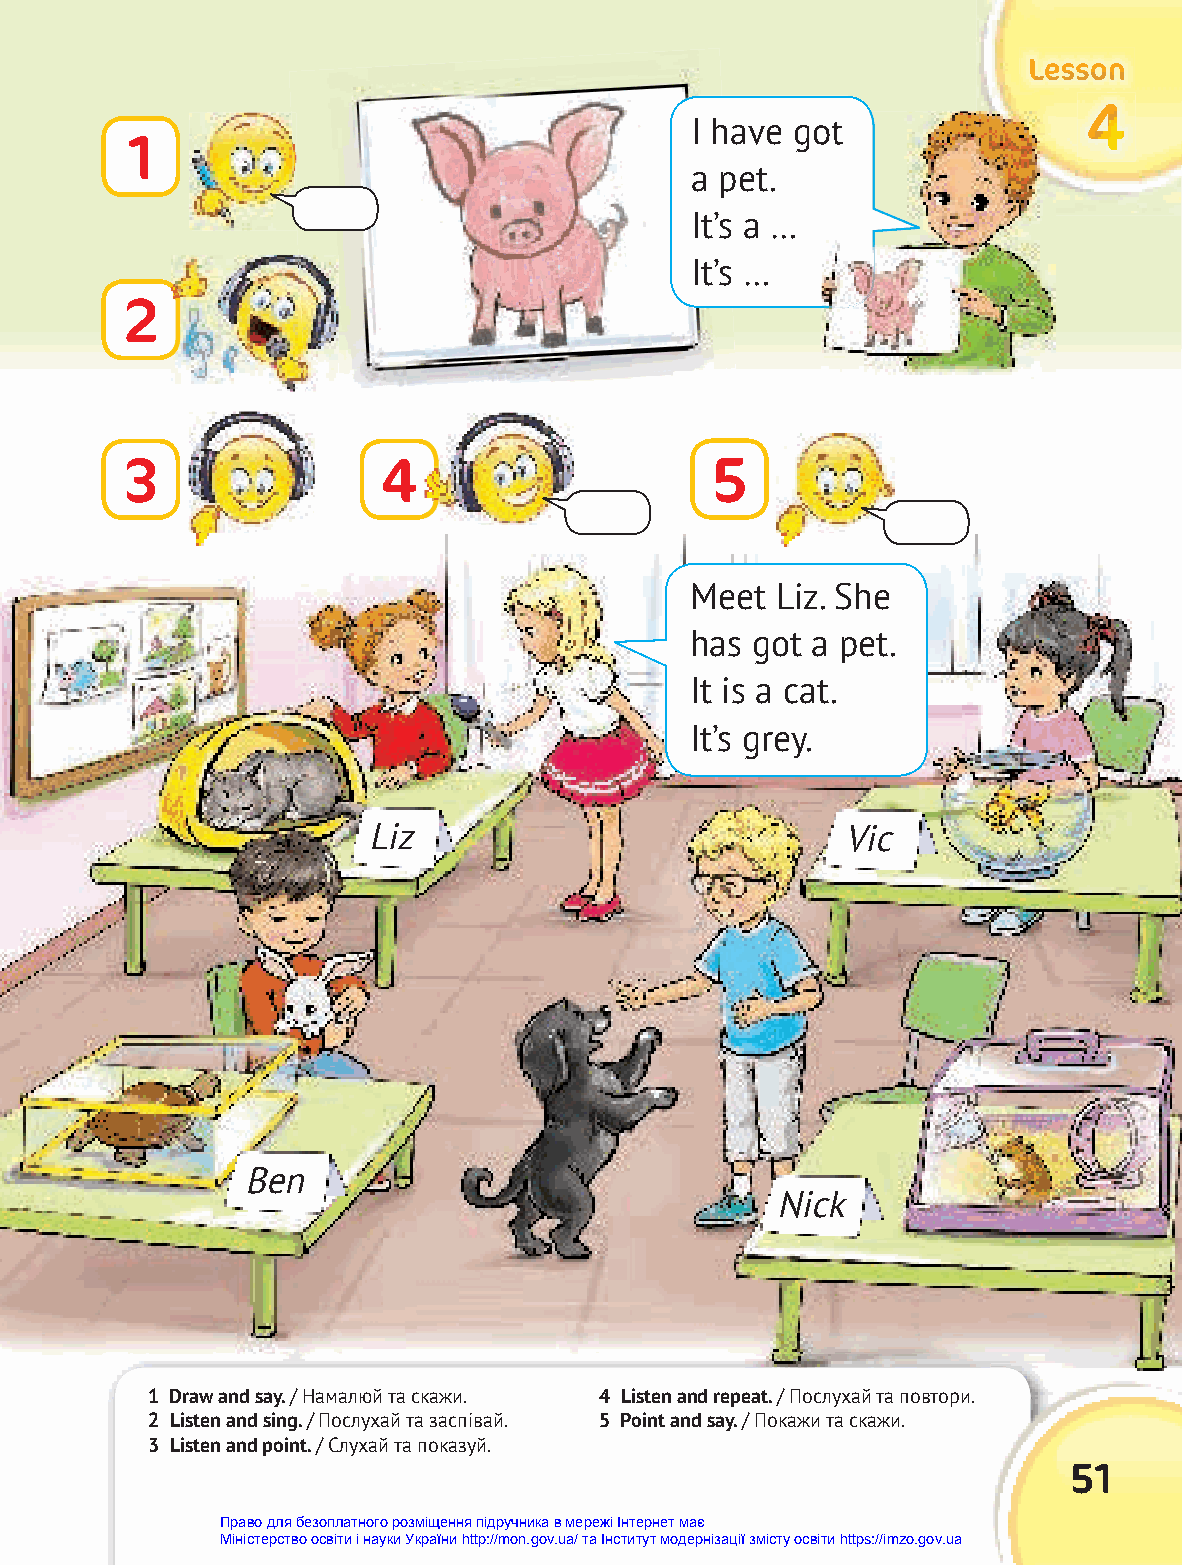
LLLeeessssssooonnn
 444
 II hhaavvee ggoott
 1
 a pet.
 It’s a …
 It’s …
 2
 3                4                     5
 Meet Liz. She
 has got a pet.
 It is a cat.
 It’s grey.
 Liz                             Vic
 Ben
 Nick
 1 Draw and say. / Намалюй та скажи. 4 Listen and repeat. / Послухай та повтори.
 2 Listen and sing. / Послухай та заспівай. 5 Point and say. / Покажи та скажи.
 3 Listen and point. / Слухай та показуй.
 51
 Право для безоплатного розміщення підручника в мережі Інтернет має
 Міністерство освіти і науки України http://mon.gov.ua/ та Інститут модернізації змісту освіти https://imzo.gov.ua